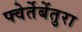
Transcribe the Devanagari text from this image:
फ्वेर्तेबेंतुरा